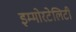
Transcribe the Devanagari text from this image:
इम्मोरटेलिटी